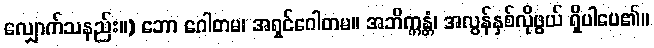
လျှောက်သနည်း။) ဘော ဂေါတမ၊ အရှင်ဂေါတမ။ အဘိက္ကန္တံ၊ အလွန်နှစ်လိုဖွယ် ရှိပါပေ၏။